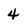
Character: 4